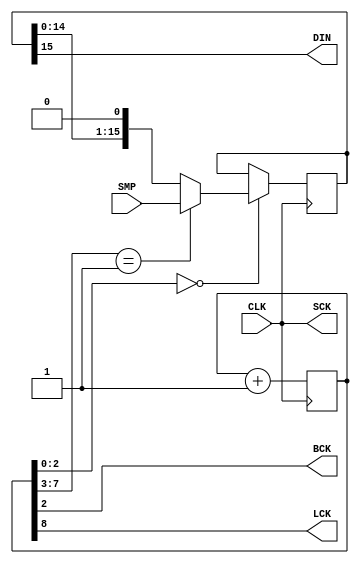
module i2s_master(
      input CLK,          // 24Mhz input clock
      input [15:0] SMP,   // input sample data (twos-compliment format)
      output SCK,
      output BCK,
      output DIN,
      output LCK          // ~48Khz
);

  reg [ 8:0] counter;
  reg [15:0] shift;
  reg out;

  assign SCK = CLK;           // (sck)           24 Mhz
  assign BCK = counter[2];    // (sck / 8)        3 Mhz
  assign LCK = counter[8];    // (sck / 512)  46875 Hz
  assign DIN = shift[15];     // (sck / 8)        3 Mhz

  initial begin
    counter <= 'd0;
    shift <= 'd0;
  end

  always @(posedge CLK) begin
    // on the falling edge of BCK
    if (counter[2:0] == 0) begin
      if (counter[7:3] == 1) begin
        // re-sample at on BCK after LRCK edge
        shift <= SMP;
      end else begin
        // shift out data
        shift <= { shift[14:0], 1'b0 };
      end
    end
    counter <= counter + 'd1;
  end
endmodule